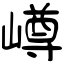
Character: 嶟